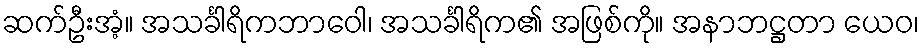
ဆက်ဦးအံ့။ အသင်္ခါရိကဘာဝေါ၊ အသင်္ခါရိက၏ အဖြစ်ကို။ အနာဘဋ္ဌတာ ယေဝ၊